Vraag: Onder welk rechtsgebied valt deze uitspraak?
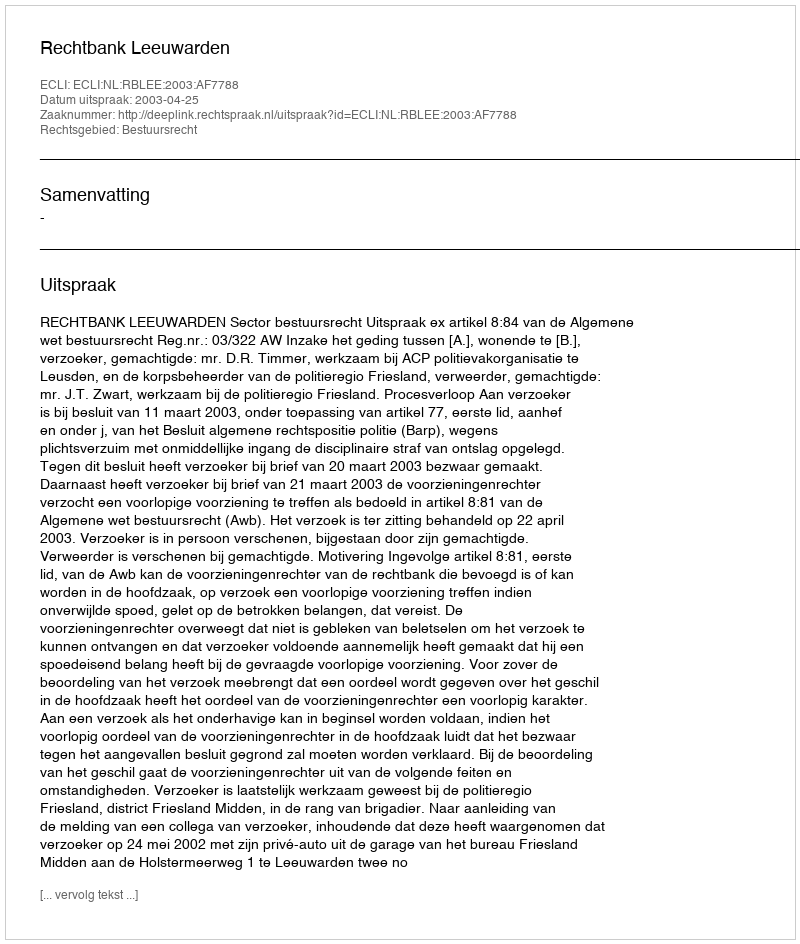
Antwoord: Bestuursrecht